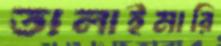
তালাইমারি